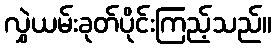
လွှဲယမ်းခုတ်ပိုင်းကြည့်သည်။